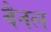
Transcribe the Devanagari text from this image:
वैनल